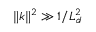
\| \boldsymbol { k } \| ^ { 2 } \gg 1 / L _ { d } ^ { 2 }